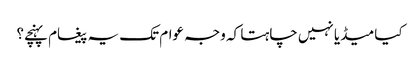
کیا میڈیا نہیں چاہتا کہ وجہ عوام تک یہ پیغام پہنچے؟